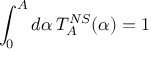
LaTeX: \int _ { 0 } ^ { A } d \alpha \, T _ { A } ^ { N S } ( \alpha ) = 1